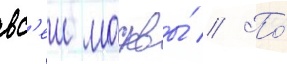
вс'еи москвы́ // По́